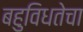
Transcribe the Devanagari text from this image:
बहुविधतेचा